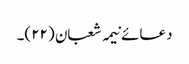
دعائے نیمہ شعبان (۲۲)۔